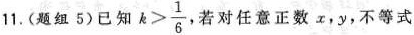
11. (题组5) 已知 $$k > \frac { 1 } { 6 }$$， 若对任意正数 x，y，不等式